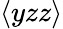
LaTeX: \langle yzz\rangle